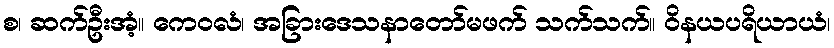
စ၊ ဆက်ဦးအံ့။ ကေဝလံ၊ အခြားဒေသနာတော်မဖက် သက်သက်။ ဝိနယပရိယာယံ၊